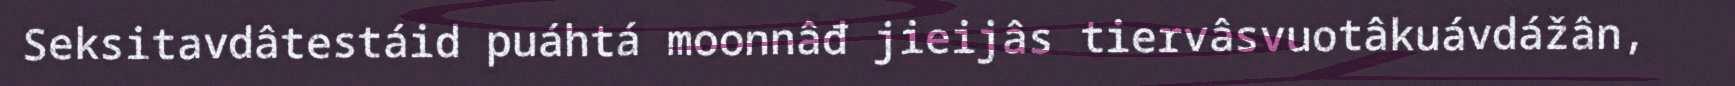
Seksitavdâtestáid puáhtá moonnâđ jieijâs tiervâsvuotâkuávdážân,